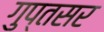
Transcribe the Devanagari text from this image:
गुप्तसर